Lunatic asylums United Provinces 1909-1921 - 1909-1921
Year: 1909
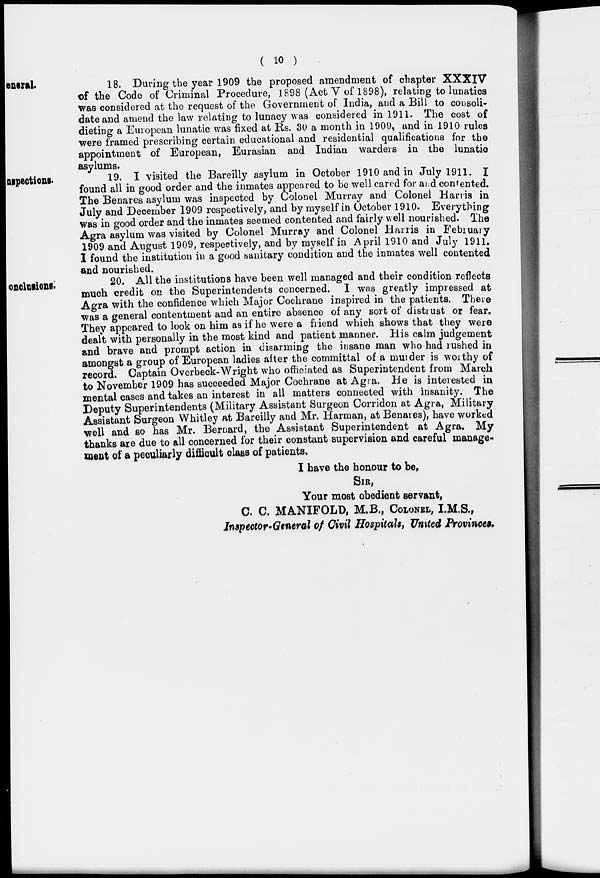
( 10 )
General.
18. During the year 1909 the proposed amendment of chapter XXXIV
of the Code of Criminal Procedure, 1898 (Act V of 1898), relating to lunatics
was considered at the request of the Government of India, and a Bill to consoli-
date and amend the law relating to lunacy was considered in 1911. The cost of
dieting a European lunatic was fixed at Rs. 30 a month in 1909, and in 1910 rules
were framed prescribing certain educational and residential qualifications for the
appointment of European, Eurasian and Indian warders in the lunatic
asylums.
Inspections.
19. I visited the Bareilly asylum in October 1910 and in July 1911. I
found all in good order and the inmates appeared to be well cared for and contented.
The Benares asylum was inspected by Colonel Murray and Colonel Harris in
July and December 1909 respectively, and by myself in October 1910. Everything
was in good order and the inmates seemed contented and fairly well nourished. The
Agra asylum was visited by Colonel Murray and Colonel Harris in February
1909 and August 1909, respectively, and by myself in April 1910 and July 1911.
I found the institution in a good sanitary condition and the inmates well contented
and nourished.
Conclusions.
20. All the institutions have been well managed and their condition reflects
much credit on the Superintendents concerned. I was greatly impressed at
Agra with the confidence which Major Cochrane inspired in the patients. There
was a general contentment and an entire absence of any sort of distrust or fear.
They appeared to look on him as if he were a friend which shows that they were
dealt with personally in the most kind and patient manner. His calm judgement
and brave and prompt action in disarming the insane man who had rushed in
amongst a group of European ladies after the committal of a murder is worthy of
record. Captain Overbeck-Wright who officiated as Superintendent from March
to November 1909 has succeeded Major Cochrane at Agra. He is interested in
mental cases and takes an interest in all matters connected with insanity. The
Deputy Superintendents (Military Assistant Surgeon Corridon at Agra, Military
Assistant Surgeon Whitley at Bareilly and Mr. Harman, at Benares), have worked
well and so has Mr. Bernard, the Assistant Superintendent at Agra. My
thanks are due to all concerned for their constant supervision and careful manage-
ment of a peculiarly difficult class of patients.
I have the honour to be,
SIR,
Your most obedient servant,
C. C. MANIFOLD, M.B., COLONEL, I.M.S.,
Inspector-General of Civil Hospitals, United Provinces.